Indian journal of veterinary science and animal husbandry - Volume 6,
Year: 1936
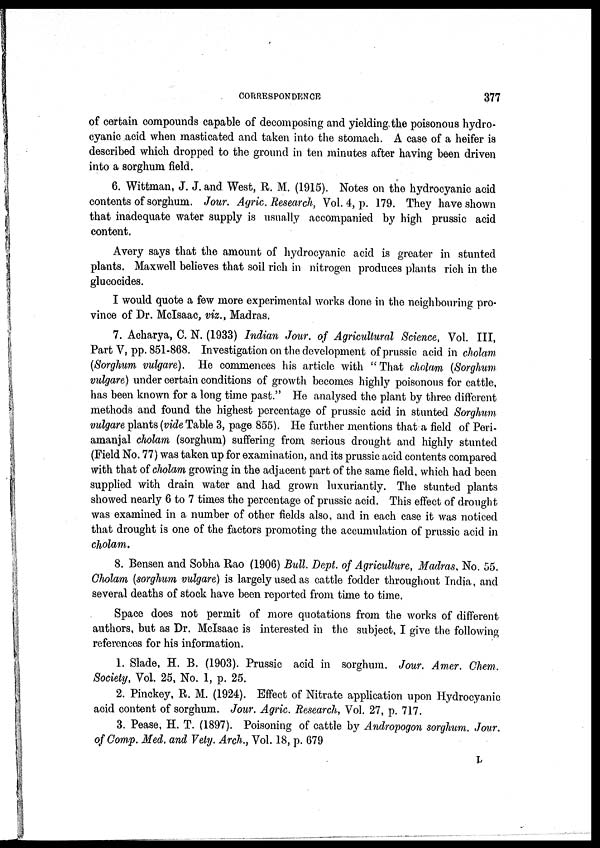
CORRESPONDENCE
377
of certain compounds capable of decomposing and yielding the poisonous hydro-
cyanic acid when masticated and taken into the stomach. A case of a heifer is
described which dropped to the ground in ten minutes after having been driven
into a sorghum field.
6. Wittman, J. J. and West, R. M. (1915). Notes on the hydrocyanic acid
contents of sorghum. Jour. Agric. Research, Vol. 4, p. 179. They have shown
that inadequate water supply is usually accompanied by high prussic acid
content.
Avery says that the amount of hydrocyanic acid is greater in stunted
plants. Maxwell believes that soil rich in nitrogen produces plants rich in the
glucocides.
I would quote a few more experimental works done in the neighbouring pro-
vince of Dr. McIsaac, viz., Madras.
7. Acharya, C. N. (1933) Indian Jour. of Agricultural Science, Vol. III,
Part V, pp. 851-868. Investigation on the development of prussic acid in cholam
(Sorghum, vulgare). He commences his article with "That cholam (Sorghum
vulgare) under certain conditions of growth becomes highly poisonous for cattle,
has been known for a long time past." He analysed the plant by three different
methods and found the highest percentage of prussic acid in stunted Sorghum
vulgare plants (vide Table 3, page 855). He further mentions that a field of Peri¬
amanjal cholam (sorghum) suffering from serious drought and highly stunted
(Field No. 77) was taken up for examination, and its prussic acid contents compared
with that of cholam growing in the adjacent part of the same field, which had been
supplied with drain water and had grown luxuriantly. The stunted plants
showed nearly 6 to 7 times the percentage of prussic acid. This effect of drought
was examined in a number of other fields also, and in each case it was noticed
that drought is one of the factors promoting the accumulation of prussic acid in
cholam.
8. Bensen and Sobha Rao (1906) Bull. Dept. of Agriculture, Madras, No. 55.
Cholam (sorghum vulgare) is largely used as cattle fodder throughout India, and
several deaths of stock have been reported from time to time.
Space does not permit of more quotations from the works of different
authors, but as Dr. McIsaac is interested in the subject, I give the following
references for his information.
1. Slade, H. B. (1903). Prussic acid in sorghum. Jour. Amer. Chem.
Society, Vol. 25, No. 1, p. 25.
2. Pinckey, R. M. (1924). Effect of Nitrate application upon Hydrocyanic
acid content of sorghum. Jour. Agric. Research, Vol. 27, p. 717.
3. Pease, H. T. (1897). Poisoning of cattle by Andropogon sorghum. Jour.
of Comp. Med. and Vety. Arch., Vol. 18, p. 679